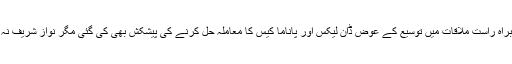
آخری براہ راست ملاقات میں توسیع کے عوض ڈان لیکس اور پاناما کیس کا معاملہ حل کرنے کی پیشکش بھی کی گئی مگر نواز شریف نہ مانے۔